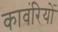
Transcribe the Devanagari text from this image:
कावंरियों